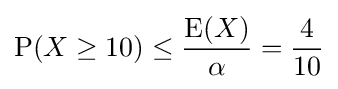
\operatorname {P} (X\geq 10)\leq {\frac {\operatorname {E} (X)}{\alpha }}={\frac {4}{10}}